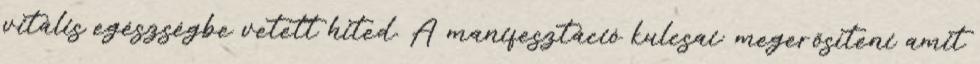
vitális egészségbe vetett hited. A manifesztáció kulcsai: megerősíteni amit